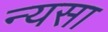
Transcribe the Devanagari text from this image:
न्यसा